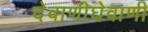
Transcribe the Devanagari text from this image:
देवाणीघेवाणी